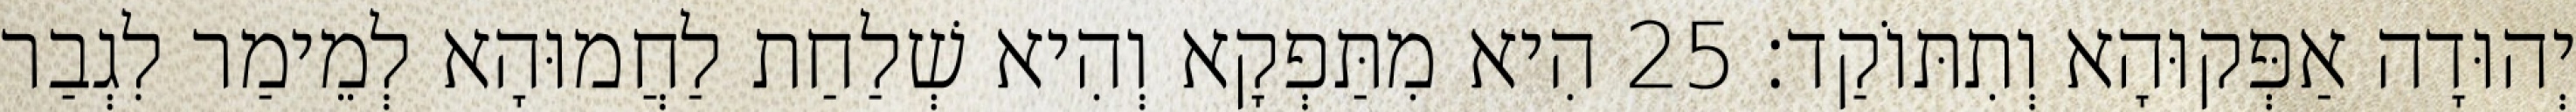
יְהוּדָה אַפְּקוּהָא וְתִתּוֹקַד׃ 25 הִיא מִתַּפְקָא וְהִיא שְׁלַחַת לַחֲמוּהָא לְמֵימַר לִגְבַר